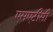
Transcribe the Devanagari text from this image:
एसएटीसी